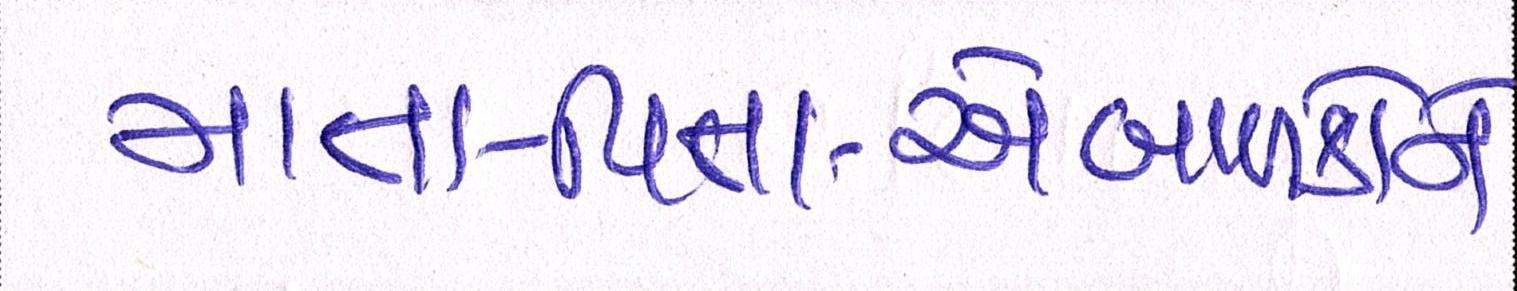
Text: માતા-પિતાએબાળકોને